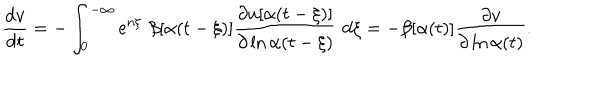
\frac { \mathrm { d } v } { \mathrm { d } t } = - \int _ { 0 } ^ { - \infty } \mathrm { e } ^ { n \xi } \, \, \beta [ \alpha ( t - \xi ) ] \frac { \partial u [ \alpha ( t - \xi ) ] } { \partial \ln \alpha ( t - \xi ) } \, \, \mathrm { d } \xi = - \beta [ \alpha ( t ) ] \frac { \partial v } { \partial \ln \alpha ( t ) } .